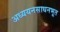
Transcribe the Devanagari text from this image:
अध्ययनसाधनभूत